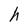
Character: h